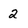
Character: 2